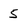
Character: 5